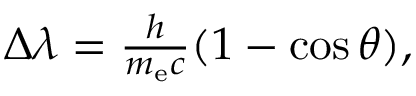
\textstyle \Delta \lambda = { \frac { h } { m _ { \mathrm { e } } c } } ( 1 - \cos \theta ) ,